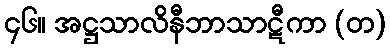
၄၆။ အဋ္ဌသာလိနီဘာသာဋီကာ (တ)